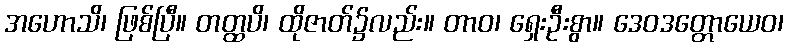
အဟောသိ၊ ဖြစ်ပြီ။ တတ္ထပိ၊ ထိုဇာတ်၌လည်း။ တာဝ၊ ရှေးဦးစွာ။ ဒေဝဒတ္တောယေဝ၊